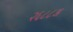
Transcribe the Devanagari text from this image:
२६८८अ